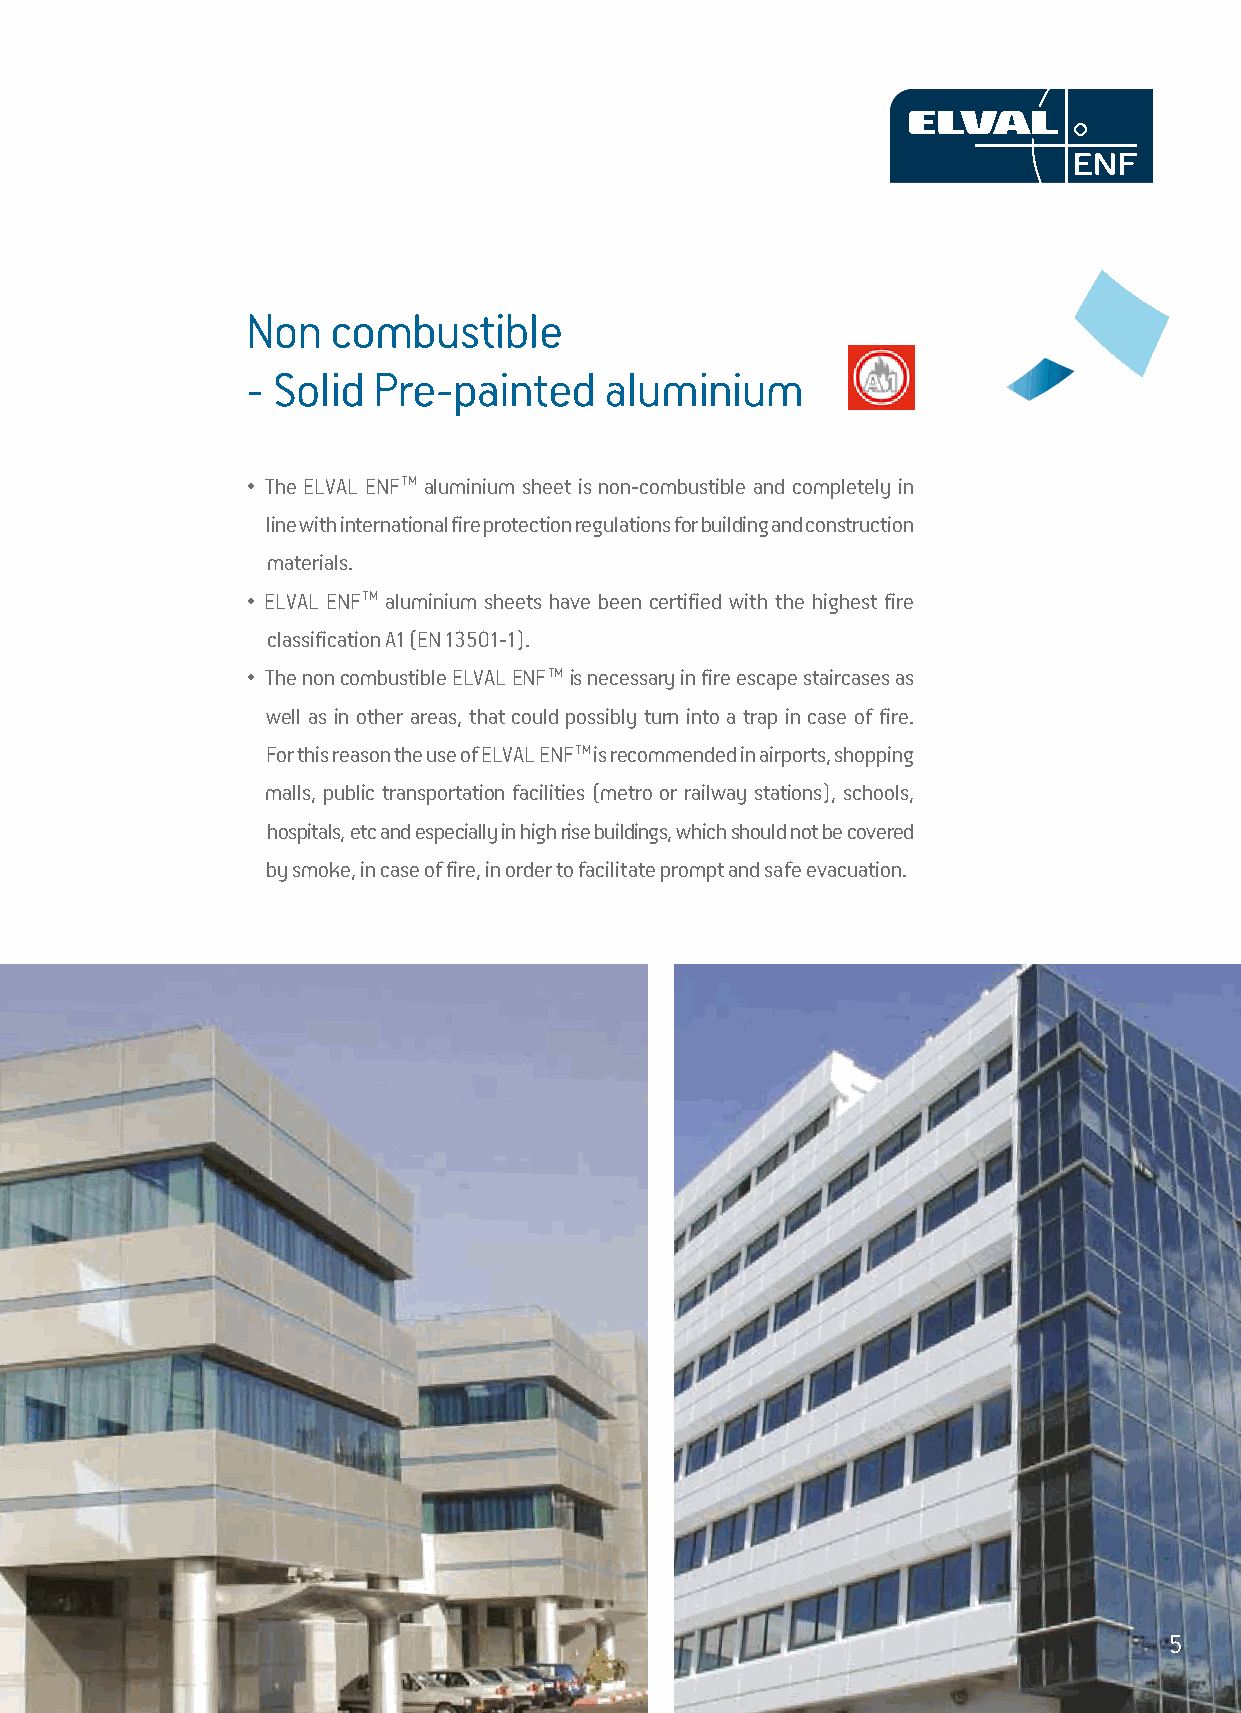
Non   combustible
 - Solid  Pre-painted    aluminium
 • The ELVAL ENFTM aluminium sheet is non-combustible and completely in
 line with international fire protection regulations for building and construction
 materials.
 • ELVAL ENFTM aluminium sheets have been certified with the highest fire
 classification A1 (EN 13501-1).
 • The non combustible ELVAL ENFTM is necessary in fire escape staircases as
 well as in other areas, that could possibly turn into a trap in case of fire.
 For this reason the use of ELVAL ENFTM is recommended in airports, shopping
 malls, public transportation facilities (metro or railway stations), schools,
 hospitals, etc and especially in high rise buildings, which should not be covered
 by smoke, in case of fire, in order to facilitate prompt and safe evacuation.
 3
 5